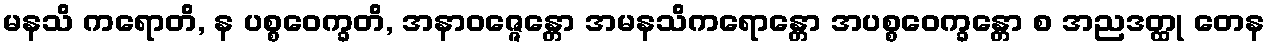
မနသိ ကရောတိ, န ပစ္စဝေက္ခတိ, အနာဝဇ္ဇေန္တော အမနသိကရောန္တော အပစ္စဝေက္ခန္တော စ အညဒတ္ထု တေန